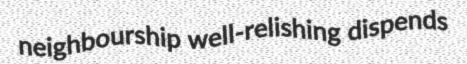
neighbourship well-relishing dispends